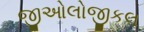
જીઓલોજીકલ